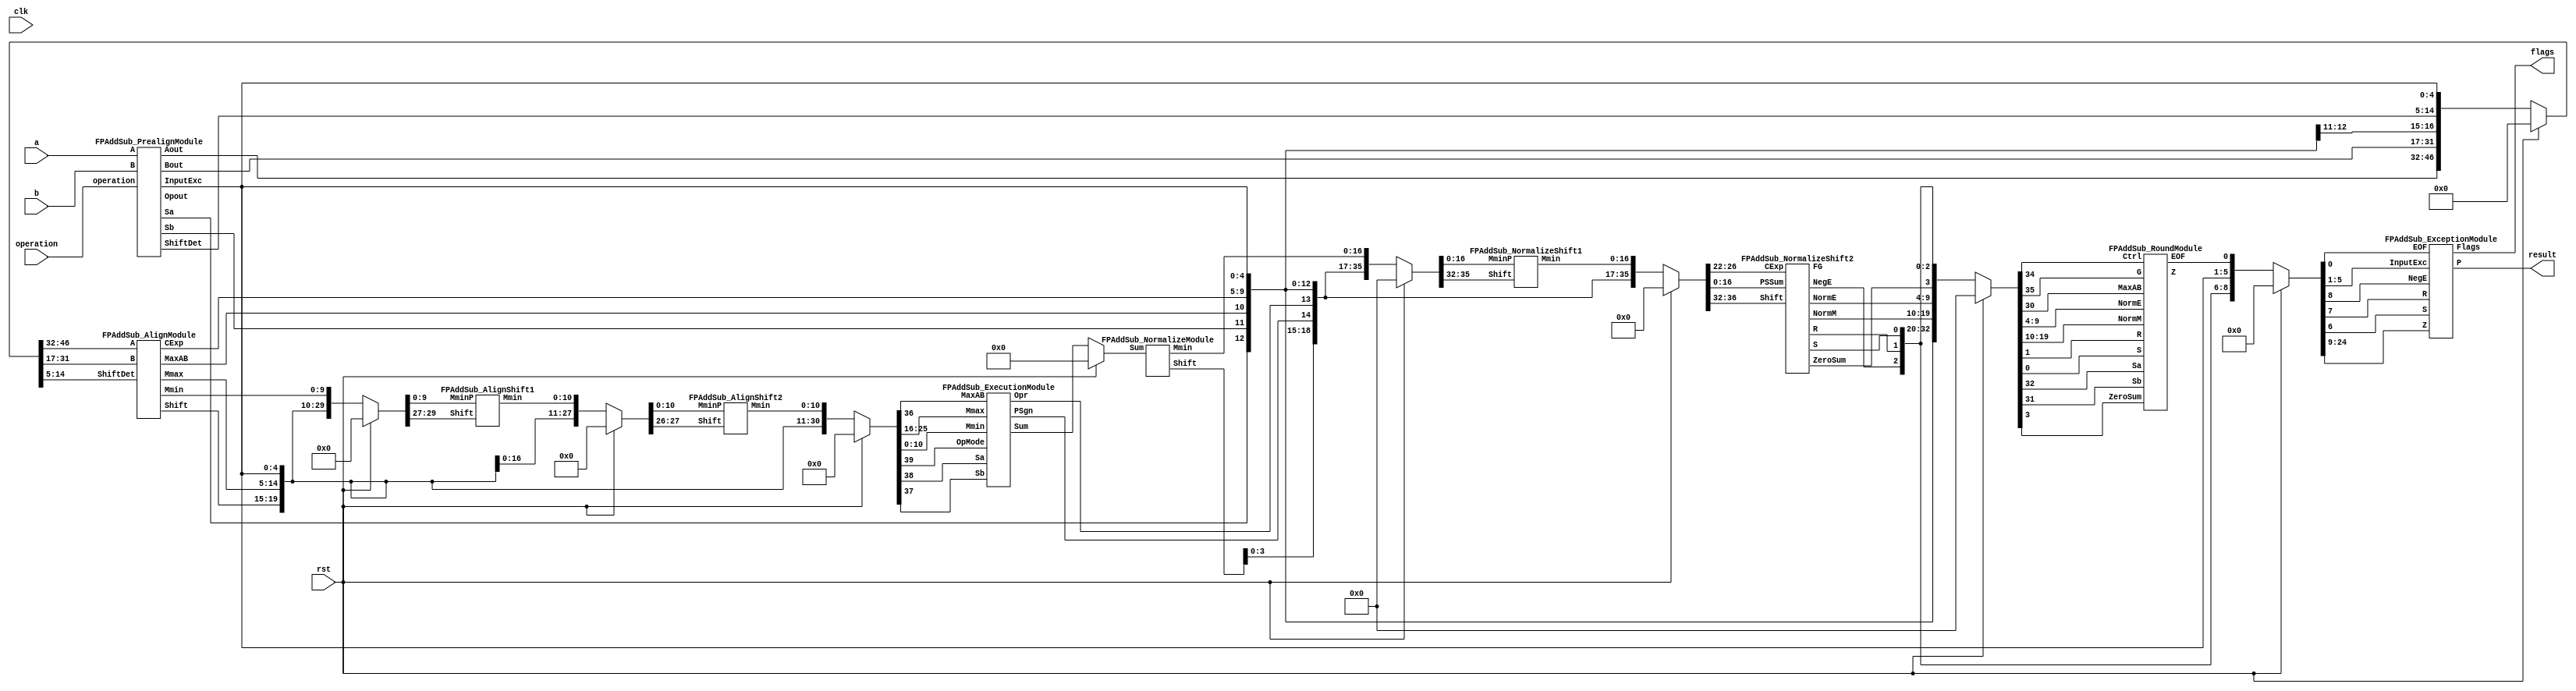
`define EXPONENT 5
`define MANTISSA 10
`define ACTUAL_MANTISSA 11
`define EXPONENT_LSB 10
`define EXPONENT_MSB 14
`define MANTISSA_LSB 0
`define MANTISSA_MSB 9
`define MANTISSA_MUL_SPLIT_LSB 3
`define MANTISSA_MUL_SPLIT_MSB 9
`define SIGN 1
`define SIGN_LOC 15
`define DWIDTH (`SIGN+`EXPONENT+`MANTISSA)
`define IEEE_COMPLIANCE 1

module FPAddSub(
		clk,
		rst,
		a,
		b,
		operation,			// 0 add, 1 sub
		result,
		flags
	);
	
	// Clock and reset
	input clk ;										// Clock signal
	input rst ;										// Reset (active high, resets pipeline registers)
	
	// Input ports
	input [`DWIDTH-1:0] a ;								// Input A, a 32-bit floating point number
	input [`DWIDTH-1:0] b ;								// Input B, a 32-bit floating point number
	input operation ;								// Operation select signal
	
	// Output ports
	output [`DWIDTH-1:0] result ;						// Result of the operation
	output [4:0] flags ;							// Flags indicating exceptions according to IEEE754
	
	// Pipeline Registers
	//reg [79:0] pipe_1;							// Pipeline register PreAlign->Align1
	reg [`DWIDTH*2+15:0] pipe_1;							// Pipeline register PreAlign->Align1

	//reg [67:0] pipe_2;							// Pipeline register Align1->Align3
	reg [`MANTISSA*2+`EXPONENT+13:0] pipe_2;							// Pipeline register Align1->Align3

	//reg [76:0] pipe_3;	68						// Pipeline register Align1->Align3
	reg [`MANTISSA*2+`EXPONENT+14:0] pipe_3;							// Pipeline register Align1->Align3

	//reg [69:0] pipe_4;							// Pipeline register Align3->Execute
	reg [`MANTISSA*2+`EXPONENT+15:0] pipe_4;							// Pipeline register Align3->Execute

	//reg [51:0] pipe_5;							// Pipeline register Execute->Normalize
	reg [`DWIDTH+`EXPONENT+11:0] pipe_5;							// Pipeline register Execute->Normalize

	//reg [56:0] pipe_6;							// Pipeline register Nomalize->NormalizeShift1
	reg [`DWIDTH+`EXPONENT+16:0] pipe_6;							// Pipeline register Nomalize->NormalizeShift1

	//reg [56:0] pipe_7;							// Pipeline register NormalizeShift2->NormalizeShift3
	reg [`DWIDTH+`EXPONENT+16:0] pipe_7;							// Pipeline register NormalizeShift2->NormalizeShift3

	//reg [54:0] pipe_8;							// Pipeline register NormalizeShift3->Round
	reg [`EXPONENT*2+`MANTISSA+15:0] pipe_8;							// Pipeline register NormalizeShift3->Round

	//reg [40:0] pipe_9;							// Pipeline register NormalizeShift3->Round
	reg [`DWIDTH+8:0] pipe_9;							// Pipeline register NormalizeShift3->Round
	
	// Internal wires between modules
	wire [`DWIDTH-2:0] Aout_0 ;							// A - sign
	wire [`DWIDTH-2:0] Bout_0 ;							// B - sign
	wire Opout_0 ;									// A's sign
	wire Sa_0 ;										// A's sign
	wire Sb_0 ;										// B's sign
	wire MaxAB_1 ;									// Indicates the larger of A and B(0/A, 1/B)
	wire [`EXPONENT-1:0] CExp_1 ;							// Common Exponent
	wire [4:0] Shift_1 ;							// Number of steps to smaller mantissa shift right (align)
	wire [`MANTISSA-1:0] Mmax_1 ;							// Larger mantissa
	wire [4:0] InputExc_0 ;						// Input numbers are exceptions
	wire [9:0] ShiftDet_0 ;
	wire [`MANTISSA-1:0] MminS_1 ;						// Smaller mantissa after 0/16 shift
	wire [`MANTISSA:0] MminS_2 ;						// Smaller mantissa after 0/4/8/12 shift
	wire [`MANTISSA:0] Mmin_3 ;							// Smaller mantissa after 0/1/2/3 shift
	wire [`DWIDTH:0] Sum_4 ;
	wire PSgn_4 ;
	wire Opr_4 ;
	wire [4:0] Shift_5 ;							// Number of steps to shift sum left (normalize)
	wire [`DWIDTH:0] SumS_5 ;							// Sum after 0/16 shift
	wire [`DWIDTH:0] SumS_6 ;							// Sum after 0/16 shift
	wire [`DWIDTH:0] SumS_7 ;							// Sum after 0/16 shift
	wire [`MANTISSA-1:0] NormM_8 ;						// Normalized mantissa
	wire [`EXPONENT:0] NormE_8;							// Adjusted exponent
	wire ZeroSum_8 ;								// Zero flag
	wire NegE_8 ;									// Flag indicating negative exponent
	wire R_8 ;										// Round bit
	wire S_8 ;										// Final sticky bit
	wire FG_8 ;										// Final sticky bit
	wire [`DWIDTH-1:0] P_int ;
	wire EOF ;
	
	// Prepare the operands for alignment and check for exceptions
	FPAddSub_PrealignModule PrealignModule
	(	// Inputs
		a, b, operation,
		// Outputs
		Sa_0, Sb_0, ShiftDet_0[9:0], InputExc_0[4:0], Aout_0[`DWIDTH-2:0], Bout_0[`DWIDTH-2:0], Opout_0) ;
		
	// Prepare the operands for alignment and check for exceptions
	FPAddSub_AlignModule AlignModule
	(	// Inputs
		pipe_1[14+2*`DWIDTH:16+`DWIDTH], pipe_1[15+`DWIDTH:17], pipe_1[14:5],
		// Outputs
		CExp_1[`EXPONENT-1:0], MaxAB_1, Shift_1[4:0], MminS_1[`MANTISSA-1:0], Mmax_1[`MANTISSA-1:0]) ;	

	// Alignment Shift Stage 1
	FPAddSub_AlignShift1 AlignShift1
	(  // Inputs
		pipe_2[`MANTISSA-1:0], pipe_2[2*`MANTISSA+9:2*`MANTISSA+7],
		// Outputs
		MminS_2[`MANTISSA:0]) ;

	// Alignment Shift Stage 3 and compution of guard and sticky bits
	FPAddSub_AlignShift2 AlignShift2  
	(  // Inputs
		pipe_3[`MANTISSA:0], pipe_3[2*`MANTISSA+7:2*`MANTISSA+6],
		// Outputs
		Mmin_3[`MANTISSA:0]) ;
						
	// Perform mantissa addition
	FPAddSub_ExecutionModule ExecutionModule
	(  // Inputs
		pipe_4[`MANTISSA*2+5:`MANTISSA+6], pipe_4[`MANTISSA:0], pipe_4[`MANTISSA*2+`EXPONENT+13], pipe_4[`MANTISSA*2+`EXPONENT+12], pipe_4[`MANTISSA*2+`EXPONENT+11], pipe_4[`MANTISSA*2+`EXPONENT+14],
		// Outputs
		Sum_4[`DWIDTH:0], PSgn_4, Opr_4) ;
	
	// Prepare normalization of result
	FPAddSub_NormalizeModule NormalizeModule
	(  // Inputs
		pipe_5[`DWIDTH:0], 
		// Outputs
		SumS_5[`DWIDTH:0], Shift_5[4:0]) ;
					
	// Normalization Shift Stage 1
	FPAddSub_NormalizeShift1 NormalizeShift1
	(  // Inputs
		pipe_6[`DWIDTH:0], pipe_6[`DWIDTH+`EXPONENT+14:`DWIDTH+`EXPONENT+11],
		// Outputs
		SumS_7[`DWIDTH:0]) ;
		
	// Normalization Shift Stage 3 and final guard, sticky and round bits
	FPAddSub_NormalizeShift2 NormalizeShift2
	(  // Inputs
		pipe_7[`DWIDTH:0], pipe_7[`DWIDTH+`EXPONENT+5:`DWIDTH+6], pipe_7[`DWIDTH+`EXPONENT+15:`DWIDTH+`EXPONENT+11],
		// Outputs
		NormM_8[`MANTISSA-1:0], NormE_8[`EXPONENT:0], ZeroSum_8, NegE_8, R_8, S_8, FG_8) ;

	// Round and put result together
	FPAddSub_RoundModule RoundModule
	(  // Inputs
		 pipe_8[3], pipe_8[4+`EXPONENT:4], pipe_8[`EXPONENT+`MANTISSA+4:5+`EXPONENT], pipe_8[1], pipe_8[0], pipe_8[`EXPONENT*2+`MANTISSA+15], pipe_8[`EXPONENT*2+`MANTISSA+12], pipe_8[`EXPONENT*2+`MANTISSA+11], pipe_8[`EXPONENT*2+`MANTISSA+14], pipe_8[`EXPONENT*2+`MANTISSA+10], 
		// Outputs
		P_int[`DWIDTH-1:0], EOF) ;
	
	// Check for exceptions
	FPAddSub_ExceptionModule Exceptionmodule
	(  // Inputs
		pipe_9[8+`DWIDTH:9], pipe_9[8], pipe_9[7], pipe_9[6], pipe_9[5:1], pipe_9[0], 
		// Outputs
		result[`DWIDTH-1:0], flags[4:0]) ;			
	
	always @ (*) begin	
		if(rst) begin
			pipe_1 = 0;
			pipe_2 = 0;
			pipe_3 = 0;
			pipe_4 = 0;
			pipe_5 = 0;
			pipe_6 = 0;
			pipe_7 = 0;
			pipe_8 = 0;
			pipe_9 = 0;
		end 
		else begin
		
			pipe_1 = {Opout_0, Aout_0[`DWIDTH-2:0], Bout_0[`DWIDTH-2:0], Sa_0, Sb_0, ShiftDet_0[9:0], InputExc_0[4:0]} ;	
			// PIPE_2 :
			//[67] operation
			//[66] Sa_0
			//[65] Sb_0
			//[64] MaxAB_0
			//[63:56] CExp_0
			//[55:51] Shift_0
			//[50:28] Mmax_0
			//[27:23] InputExc_0
			//[22:0] MminS_1
			//
			pipe_2 = {pipe_1[`DWIDTH*2+15], pipe_1[16:15], MaxAB_1, CExp_1[`EXPONENT-1:0], Shift_1[4:0], Mmax_1[`MANTISSA-1:0], pipe_1[4:0], MminS_1[`MANTISSA-1:0]} ;	
			// PIPE_3 :
			//[68] operation
			//[67] Sa_0
			//[66] Sb_0
			//[65] MaxAB_0
			//[64:57] CExp_0
			//[56:52] Shift_0
			//[51:29] Mmax_0
			//[28:24] InputExc_0
			//[23:0] MminS_1
			//
			pipe_3 = {pipe_2[`MANTISSA*2+`EXPONENT+13:`MANTISSA], MminS_2[`MANTISSA:0]} ;	
			// PIPE_4 :
			//[68] operation
			//[67] Sa_0
			//[66] Sb_0
			//[65] MaxAB_0
			//[64:57] CExp_0
			//[56:52] Shift_0
			//[51:29] Mmax_0
			//[28:24] InputExc_0
			//[23:0] Mmin_3
			//					
			pipe_4 = {pipe_3[`MANTISSA*2+`EXPONENT+14:`MANTISSA+1], Mmin_3[`MANTISSA:0]} ;	
			// PIPE_5 :
			//[51] operation
			//[50] PSgn_4
			//[49] Opr_4
			//[48] Sa_0
			//[47] Sb_0
			//[46] MaxAB_0
			//[45:38] CExp_0
			//[37:33] InputExc_0
			//[32:0] Sum_4
			//					
			pipe_5 = {pipe_4[2*`MANTISSA+`EXPONENT+14], PSgn_4, Opr_4, pipe_4[2*`MANTISSA+`EXPONENT+13:2*`MANTISSA+11], pipe_4[`MANTISSA+5:`MANTISSA+1], Sum_4[`DWIDTH:0]} ;
			// PIPE_6 :
			//[56] operation
			//[55:51] Shift_5
			//[50] PSgn_4
			//[49] Opr_4
			//[48] Sa_0
			//[47] Sb_0
			//[46] MaxAB_0
			//[45:38] CExp_0
			//[37:33] InputExc_0
			//[32:0] Sum_4
			//					
			pipe_6 = {pipe_5[`EXPONENT+`EXPONENT+11], Shift_5[4:0], pipe_5[`DWIDTH+`EXPONENT+10:`DWIDTH+1], SumS_5[`DWIDTH:0]} ;	
			// pipe_7 :
			//[56] operation
			//[55:51] Shift_5
			//[50] PSgn_4
			//[49] Opr_4
			//[48] Sa_0
			//[47] Sb_0
			//[46] MaxAB_0
			//[45:38] CExp_0
			//[37:33] InputExc_0
			//[32:0] Sum_4
			//						
			pipe_7 = {pipe_6[`DWIDTH+`EXPONENT+16:`DWIDTH+1], SumS_7[`DWIDTH:0]} ;	
			// pipe_8:
			//[54] FG_8 
			//[53] operation
			//[52] PSgn_4
			//[51] Sa_0
			//[50] Sb_0
			//[49] MaxAB_0
			//[48:41] CExp_0
			//[40:36] InputExc_8
			//[35:13] NormM_8 
			//[12:4] NormE_8
			//[3] ZeroSum_8
			//[2] NegE_8
			//[1] R_8
			//[0] S_8
			//				
			pipe_8 = {FG_8, pipe_7[`DWIDTH+`EXPONENT+16], pipe_7[`DWIDTH+`EXPONENT+10], pipe_7[`DWIDTH+`EXPONENT+8:`DWIDTH+1], NormM_8[`MANTISSA-1:0], NormE_8[`EXPONENT:0], ZeroSum_8, NegE_8, R_8, S_8} ;	
			// pipe_9:
			//[40:9] P_int
			//[8] NegE_8
			//[7] R_8
			//[6] S_8
			//[5:1] InputExc_8
			//[0] EOF
			//				
			pipe_9 = {P_int[`DWIDTH-1:0], pipe_8[2], pipe_8[1], pipe_8[0], pipe_8[`EXPONENT+`MANTISSA+9:`EXPONENT+`MANTISSA+5], EOF} ;	
		end
	end		
	
endmodule
module FPAddSub_ExceptionModule(
		Z,
		NegE,
		R,
		S,
		InputExc,
		EOF,
		P,
		Flags
    );
	 
	// Input ports
	input [`DWIDTH-1:0] Z	;					// Final product
	input NegE ;						// Negative exponent?
	input R ;							// Round bit
	input S ;							// Sticky bit
	input [4:0] InputExc ;			// Exceptions in inputs A and B
	input EOF ;
	
	// Output ports
	output [`DWIDTH-1:0] P ;					// Final result
	output [4:0] Flags ;				// Exception flags
	
	// Internal signals
	wire Overflow ;					// Overflow flag
	wire Underflow ;					// Underflow flag
	wire DivideByZero ;				// Divide-by-Zero flag (always 0 in Add/Sub)
	wire Invalid ;						// Invalid inputs or result
	wire Inexact ;						// Result is inexact because of rounding
	
	// Exception flags
	
	// Result is too big to be represented
	assign Overflow = EOF | InputExc[1] | InputExc[0] ;
	
	// Result is too small to be represented
	assign Underflow = NegE & (R | S);
	
	// Infinite result computed exactly from finite operands
	assign DivideByZero = &(Z[`MANTISSA+`EXPONENT-1:`MANTISSA]) & ~|(Z[`MANTISSA+`EXPONENT-1:`MANTISSA]) & ~InputExc[1] & ~InputExc[0];
	
	// Invalid inputs or operation
	assign Invalid = |(InputExc[4:2]) ;
	
	// Inexact answer due to rounding, overflow or underflow
	assign Inexact = (R | S) | Overflow | Underflow;
	
	// Put pieces together to form final result
	assign P = Z ;
	
	// Collect exception flags	
	assign Flags = {Overflow, Underflow, DivideByZero, Invalid, Inexact} ; 	
	
endmodule
module FPAddSub_RoundModule(
		ZeroSum,
		NormE,
		NormM,
		R,
		S,
		G,
		Sa,
		Sb,
		Ctrl,
		MaxAB,
		Z,
		EOF
    );

	// Input ports
	input ZeroSum ;					// Sum is zero
	input [`EXPONENT:0] NormE ;				// Normalized exponent
	input [`MANTISSA-1:0] NormM ;				// Normalized mantissa
	input R ;							// Round bit
	input S ;							// Sticky bit
	input G ;
	input Sa ;							// A's sign bit
	input Sb ;							// B's sign bit
	input Ctrl ;						// Control bit (operation)
	input MaxAB ;
	
	// Output ports
	output [`DWIDTH-1:0] Z ;					// Final result
	output EOF ;
	
	// Internal signals
	wire [`MANTISSA:0] RoundUpM ;			// Rounded up sum with room for overflow
	wire [`MANTISSA-1:0] RoundM ;				// The final rounded sum
	wire [`EXPONENT:0] RoundE ;				// Rounded exponent (note extra bit due to poential overflow	)
	wire RoundUp ;						// Flag indicating that the sum should be rounded up
        wire FSgn;
	wire ExpAdd ;						// May have to add 1 to compensate for overflow 
	wire RoundOF ;						// Rounding overflow
	
	// The cases where we need to round upwards (= adding one) in Round to nearest, tie to even
	assign RoundUp = (G & ((R | S) | NormM[0])) ;
	
	// Note that in the other cases (rounding down), the sum is already 'rounded'
	assign RoundUpM = (NormM + 1) ;								// The sum, rounded up by 1
	assign RoundM = (RoundUp ? RoundUpM[`MANTISSA-1:0] : NormM) ; 	// Compute final mantissa	
	assign RoundOF = RoundUp & RoundUpM[`MANTISSA] ; 				// Check for overflow when rounding up

	// Calculate post-rounding exponent
	assign ExpAdd = (RoundOF ? 1'b1 : 1'b0) ; 				// Add 1 to exponent to compensate for overflow
	assign RoundE = ZeroSum ? 5'b00000 : (NormE + ExpAdd) ; 							// Final exponent

	// If zero, need to determine sign according to rounding
	assign FSgn = (ZeroSum & (Sa ^ Sb)) | (ZeroSum ? (Sa & Sb & ~Ctrl) : ((~MaxAB & Sa) | ((Ctrl ^ Sb) & (MaxAB | Sa)))) ;

	// Assign final result
	assign Z = {FSgn, RoundE[`EXPONENT-1:0], RoundM[`MANTISSA-1:0]} ;
	
	// Indicate exponent overflow
	assign EOF = RoundE[`EXPONENT];
	
endmodule
module FPAddSub_NormalizeShift2(
		PSSum,
		CExp,
		Shift,
		NormM,
		NormE,
		ZeroSum,
		NegE,
		R,
		S,
		FG
	);
	
	// Input ports
	input [`DWIDTH:0] PSSum ;					// The Pre-Shift-Sum
	input [`EXPONENT-1:0] CExp ;
	input [4:0] Shift ;					// Amount to be shifted

	// Output ports
	output [`MANTISSA-1:0] NormM ;				// Normalized mantissa
	output [`EXPONENT:0] NormE ;					// Adjusted exponent
	output ZeroSum ;						// Zero flag
	output NegE ;							// Flag indicating negative exponent
	output R ;								// Round bit
	output S ;								// Final sticky bit
	output FG ;

	// Internal signals
	wire MSBShift ;						// Flag indicating that a second shift is needed
	wire [`EXPONENT:0] ExpOF ;					// MSB set in sum indicates overflow
	wire [`EXPONENT:0] ExpOK ;					// MSB not set, no adjustment
	
	// Calculate normalized exponent and mantissa, check for all-zero sum
	assign MSBShift = PSSum[`DWIDTH] ;		// Check MSB in unnormalized sum
	assign ZeroSum = ~|PSSum ;			// Check for all zero sum
	assign ExpOK = CExp - Shift ;		// Adjust exponent for new normalized mantissa
	assign NegE = ExpOK[`EXPONENT] ;			// Check for exponent overflow
	assign ExpOF = CExp - Shift + 1'b1 ;		// If MSB set, add one to exponent(x2)
	assign NormE = MSBShift ? ExpOF : ExpOK ;			// Check for exponent overflow
	assign NormM = PSSum[`DWIDTH-1:`EXPONENT+1] ;		// The new, normalized mantissa
	
	// Also need to compute sticky and round bits for the rounding stage
	assign FG = PSSum[`EXPONENT] ; 
	assign R = PSSum[`EXPONENT-1] ;
	assign S = |PSSum[`EXPONENT-2:0] ;
	
endmodule
module FPAddSub_NormalizeShift1(
		MminP,
		Shift,
		Mmin
	);
	
	// Input ports
	input [`DWIDTH:0] MminP ;						// Smaller mantissa after 16|12|8|4 shift
	input [3:0] Shift ;						// Shift amount
	
	// Output ports
	output [`DWIDTH:0] Mmin ;						// The smaller mantissa
	
	reg	  [`DWIDTH:0]		Lvl2;
	wire    [2*`DWIDTH+1:0]    Stage1;	
	reg	  [`DWIDTH:0]		Lvl3;
	wire    [2*`DWIDTH+1:0]    Stage2;	
	integer           i;               	// Loop variable
	
	assign Stage1 = {MminP, MminP};

	always @(*) begin    					// Rotate {0 | 4 | 8 | 12} bits
	  case (Shift[3:2])
			// Rotate by 0
			2'b00: //Lvl2 <= Stage1[`DWIDTH:0];       		
      begin Lvl2 = Stage1[`DWIDTH:0];  end
			// Rotate by 4
			2'b01: //begin for (i=2*`DWIDTH+1; i>=`DWIDTH+1; i=i-1) begin Lvl2[i-33] <= Stage1[i-4]; end Lvl2[3:0] <= 0; end
      begin Lvl2[`DWIDTH: (`DWIDTH-4)] = Stage1[3:0]; Lvl2[`DWIDTH-4-1:0] = Stage1[`DWIDTH-4]; end
			// Rotate by 8
			2'b10: //begin for (i=2*`DWIDTH+1; i>=`DWIDTH+1; i=i-1) begin Lvl2[i-33] <= Stage1[i-8]; end Lvl2[7:0] <= 0; end
      begin Lvl2[`DWIDTH: (`DWIDTH-8)] = Stage1[3:0]; Lvl2[`DWIDTH-8-1:0] = Stage1[`DWIDTH-8]; end
			// Rotate by 12
			2'b11: //begin for (i=2*`DWIDTH+1; i>=`DWIDTH+1; i=i-1) begin Lvl2[i-33] <= Stage1[i-12]; end Lvl2[11:0] <= 0; end
      begin Lvl2[`DWIDTH: (`DWIDTH-12)] = Stage1[3:0]; Lvl2[`DWIDTH-12-1:0] = Stage1[`DWIDTH-12]; end
	  endcase
	end
	
	assign Stage2 = {Lvl2, Lvl2};

	always @(*) begin   				 		// Rotate {0 | 1 | 2 | 3} bits
	  case (Shift[1:0])
			// Rotate by 0
			2'b00:  //Lvl3 <= Stage2[`DWIDTH:0];
      begin Lvl3 = Stage2[`DWIDTH:0]; end
			// Rotate by 1
			2'b01: //begin for (i=2*`DWIDTH+1; i>=`DWIDTH+1; i=i-1) begin Lvl3[i-`DWIDTH-1] <= Stage2[i-1]; end Lvl3[0] <= 0; end 
      begin Lvl3[`DWIDTH: (`DWIDTH-1)] = Stage2[3:0]; Lvl3[`DWIDTH-1-1:0] = Stage2[`DWIDTH-1]; end
			// Rotate by 2
			2'b10: //begin for (i=2*`DWIDTH+1; i>=`DWIDTH+1; i=i-1) begin Lvl3[i-`DWIDTH-1] <= Stage2[i-2]; end Lvl3[1:0] <= 0; end
      begin Lvl3[`DWIDTH: (`DWIDTH-2)] = Stage2[3:0]; Lvl3[`DWIDTH-2-1:0] = Stage2[`DWIDTH-2]; end
			// Rotate by 3
			2'b11: //begin for (i=2*`DWIDTH+1; i>=`DWIDTH+1; i=i-1) begin Lvl3[i-`DWIDTH-1] <= Stage2[i-3]; end Lvl3[2:0] <= 0; end
      begin Lvl3[`DWIDTH: (`DWIDTH-3)] = Stage2[3:0]; Lvl3[`DWIDTH-3-1:0] = Stage2[`DWIDTH-3]; end
	  endcase
	end
	
	// Assign outputs
	assign Mmin = Lvl3;						// Take out smaller mantissa			
	
endmodule
module FPAddSub_NormalizeModule(
		Sum,
		Mmin,
		Shift
    );

	// Input ports
	input [`DWIDTH:0] Sum ;					// Mantissa sum including hidden 1 and GRS
	
	// Output ports
	output [`DWIDTH:0] Mmin ;					// Mantissa after 16|0 shift
	output [4:0] Shift ;					// Shift amount
	
	// Determine normalization shift amount by finding leading nought
	assign Shift =  ( 
		Sum[16] ? 5'b00000 :	 
		Sum[15] ? 5'b00001 : 
		Sum[14] ? 5'b00010 : 
		Sum[13] ? 5'b00011 : 
		Sum[12] ? 5'b00100 : 
		Sum[11] ? 5'b00101 : 
		Sum[10] ? 5'b00110 : 
		Sum[9] ? 5'b00111 :
		Sum[8] ? 5'b01000 :
		Sum[7] ? 5'b01001 :
		Sum[6] ? 5'b01010 :
		Sum[5] ? 5'b01011 :
		Sum[4] ? 5'b01100 : 5'b01101
	//	Sum[19] ? 5'b01101 :
	//	Sum[18] ? 5'b01110 :
	//	Sum[17] ? 5'b01111 :
	//	Sum[16] ? 5'b10000 :
	//	Sum[15] ? 5'b10001 :
	//	Sum[14] ? 5'b10010 :
	//	Sum[13] ? 5'b10011 :
	//	Sum[12] ? 5'b10100 :
	//	Sum[11] ? 5'b10101 :
	//	Sum[10] ? 5'b10110 :
	//	Sum[9] ? 5'b10111 :
	//	Sum[8] ? 5'b11000 :
	//	Sum[7] ? 5'b11001 : 5'b11010
	);
	
	reg	  [`DWIDTH:0]		Lvl1;
	
	always @(*) begin
		// Rotate by 16?
		Lvl1 <= Shift[4] ? {Sum[8:0], 8'b00000000} : Sum; 
	end
	
	// Assign outputs
	assign Mmin = Lvl1;						// Take out smaller mantissa

endmodule
module FPAddSub_ExecutionModule(
		Mmax,
		Mmin,
		Sa,
		Sb,
		MaxAB,
		OpMode,
		Sum,
		PSgn,
		Opr
    );

	// Input ports
	input [`MANTISSA-1:0] Mmax ;					// The larger mantissa
	input [`MANTISSA:0] Mmin ;					// The smaller mantissa
	input Sa ;								// Sign bit of larger number
	input Sb ;								// Sign bit of smaller number
	input MaxAB ;							// Indicates the larger number (0/A, 1/B)
	input OpMode ;							// Operation to be performed (0/Add, 1/Sub)
	
	// Output ports
	output [`DWIDTH:0] Sum ;					// The result of the operation
	output PSgn ;							// The sign for the result
	output Opr ;							// The effective (performed) operation

	assign Opr = (OpMode^Sa^Sb); 		// Resolve sign to determine operation

	// Perform effective operation
	assign Sum = (OpMode^Sa^Sb) ? ({1'b1, Mmax, 5'b00000} - {Mmin, 5'b00000}) : ({1'b1, Mmax, 5'b00000} + {Mmin, 5'b00000}) ;
	
	// Assign result sign
	assign PSgn = (MaxAB ? Sb : Sa) ;

endmodule
module FPAddSub_AlignShift2(
		MminP,
		Shift,
		Mmin
	);
	
	// Input ports
	input [`MANTISSA:0] MminP ;						// Smaller mantissa after 16|12|8|4 shift
	input [1:0] Shift ;						// Shift amount
	
	// Output ports
	output [`MANTISSA:0] Mmin ;						// The smaller mantissa
	
	// Internal Signal
	reg	  [`MANTISSA:0]		Lvl3;
	wire    [2*`MANTISSA+1:0]    Stage2;	
	integer           j;               // Loop variable
	
	assign Stage2 = {11'b0, MminP};

	always @(*) begin    // Rotate {0 | 1 | 2 | 3} bits
	  case (Shift[1:0])
			// Rotate by 0
			2'b00:  Lvl3 <= Stage2[`MANTISSA:0];   
			// Rotate by 1
			2'b01:  begin for (j=0; j<=`MANTISSA; j=j+1)  begin Lvl3[j] <= Stage2[j+1]; end /*Lvl3[`MANTISSA] <= 0; */end 
			// Rotate by 2
			2'b10:  begin for (j=0; j<=`MANTISSA; j=j+1)  begin Lvl3[j] <= Stage2[j+2]; end /*Lvl3[`MANTISSA:`MANTISSA-1] <= 0;*/ end 
			// Rotate by 3
			2'b11:  begin for (j=0; j<=`MANTISSA; j=j+1)  begin Lvl3[j] <= Stage2[j+3]; end /*Lvl3[`MANTISSA:`MANTISSA-2] <= 0;*/ end 	  
	  endcase
	end
	
	// Assign output
	assign Mmin = Lvl3;						// Take out smaller mantissa				

endmodule
module FPAddSub_AlignShift1(
		MminP,
		Shift,
		Mmin
	);
	
	// Input ports
	input [`MANTISSA-1:0] MminP ;						// Smaller mantissa after 16|12|8|4 shift
	input [2:0] Shift ;						// Shift amount
	
	// Output ports
	output [`MANTISSA:0] Mmin ;						// The smaller mantissa
	
	// Internal signals
	reg	  [`MANTISSA:0]		Lvl1;
	reg	  [`MANTISSA:0]		Lvl2;
	wire    [2*`MANTISSA+1:0]    Stage1;	
	integer           i;                // Loop variable
	
	always @(*) begin						
		// Rotate by 16?
		//Lvl1 <= Shift[2] ? {17'b00000000000000001, MminP[22:16]} : {1'b1, MminP}; 
		Lvl1 <= Shift[2] ? {11'b0000000000} : {1'b1, MminP}; 
		
	end
	
	assign Stage1 = { 11'b0, Lvl1};
	
	always @(*) begin    					// Rotate {0 | 4 | 8 | 12} bits
	  case (Shift[1:0])
			// Rotate by 0	
			2'b00:  Lvl2 <= Stage1[`MANTISSA:0];       			
			// Rotate by 4	
			2'b01:  begin for (i=0; i<=`MANTISSA; i=i+1) begin Lvl2[i] <= Stage1[i+4]; end /*Lvl2[`MANTISSA:`MANTISSA-3] <= 0;*/ end
			// Rotate by 8
			2'b10:  begin for (i=0; i<=`MANTISSA; i=i+1) begin Lvl2[i] <= Stage1[i+8]; end /*Lvl2[`MANTISSA:`MANTISSA-7] <= 0;*/ end
			// Rotate by 12	
			2'b11: Lvl2[`MANTISSA: 0] <= 0; 
			//2'b11:  begin for (i=0; i<=`MANTISSA; i=i+1) begin Lvl2[i] <= Stage1[i+12]; end Lvl2[`MANTISSA:`MANTISSA-12] <= 0; end
	  endcase
	end
	
	// Assign output to next shift stage
	assign Mmin = Lvl2;
	
endmodule
module FPAddSub_AlignModule (
		A,
		B,
		ShiftDet,
		CExp,
		MaxAB,
		Shift,
		Mmin,
		Mmax
	);
	
	// Input ports
	input [`DWIDTH-2:0] A ;								// Input A, a 32-bit floating point number
	input [`DWIDTH-2:0] B ;								// Input B, a 32-bit floating point number
	input [9:0] ShiftDet ;
	
	// Output ports
	output [`EXPONENT-1:0] CExp ;							// Common Exponent
	output MaxAB ;									// Incidates larger of A and B (0/A, 1/B)
	output [4:0] Shift ;							// Number of steps to smaller mantissa shift right
	output [`MANTISSA-1:0] Mmin ;							// Smaller mantissa 
	output [`MANTISSA-1:0] Mmax ;							// Larger mantissa
	
	// Internal signals
	//wire BOF ;										// Check for shifting overflow if B is larger
	//wire AOF ;										// Check for shifting overflow if A is larger
	
	assign MaxAB = (A[`DWIDTH-2:0] < B[`DWIDTH-2:0]) ;	
	//assign BOF = ShiftDet[9:5] < 25 ;		// Cannot shift more than 25 bits
	//assign AOF = ShiftDet[4:0] < 25 ;		// Cannot shift more than 25 bits
	
	// Determine final shift value
	//assign Shift = MaxAB ? (BOF ? ShiftDet[9:5] : 5'b11001) : (AOF ? ShiftDet[4:0] : 5'b11001) ;
	
	assign Shift = MaxAB ? ShiftDet[9:5] : ShiftDet[4:0] ;
	
	// Take out smaller mantissa and append shift space
	assign Mmin = MaxAB ? A[`MANTISSA-1:0] : B[`MANTISSA-1:0] ; 
	
	// Take out larger mantissa	
	assign Mmax = MaxAB ? B[`MANTISSA-1:0]: A[`MANTISSA-1:0] ;	
	
	// Common exponent
	assign CExp = (MaxAB ? B[`MANTISSA+`EXPONENT-1:`MANTISSA] : A[`MANTISSA+`EXPONENT-1:`MANTISSA]) ;		
	
endmodule
module FPAddSub_PrealignModule(
		A,
		B,
		operation,
		Sa,
		Sb,
		ShiftDet,
		InputExc,
		Aout,
		Bout,
		Opout
	);
	
	// Input ports
	input [`DWIDTH-1:0] A ;										// Input A, a 32-bit floating point number
	input [`DWIDTH-1:0] B ;										// Input B, a 32-bit floating point number
	input operation ;
	
	// Output ports
	output Sa ;												// A's sign
	output Sb ;												// B's sign
	output [9:0] ShiftDet ;
	output [4:0] InputExc ;								// Input numbers are exceptions
	output [`DWIDTH-2:0] Aout ;
	output [`DWIDTH-2:0] Bout ;
	output Opout ;
	
	// Internal signals									// If signal is high...
	wire ANaN ;												// A is a NaN (Not-a-Number)
	wire BNaN ;												// B is a NaN
	wire AInf ;												// A is infinity
	wire BInf ;												// B is infinity
	wire [`EXPONENT-1:0] DAB ;										// ExpA - ExpB					
	wire [`EXPONENT-1:0] DBA ;										// ExpB - ExpA	
	
	assign ANaN = &(A[`DWIDTH-2:`DWIDTH-1-`EXPONENT]) & |(A[`MANTISSA-1:0]) ;		// All one exponent and not all zero mantissa - NaN
	assign BNaN = &(B[`DWIDTH-2:`DWIDTH-1-`EXPONENT]) & |(B[`MANTISSA-1:0]);		// All one exponent and not all zero mantissa - NaN
	assign AInf = &(A[`DWIDTH-2:`DWIDTH-1-`EXPONENT]) & ~|(A[`MANTISSA-1:0]) ;	// All one exponent and all zero mantissa - Infinity
	assign BInf = &(B[`DWIDTH-2:`DWIDTH-1-`EXPONENT]) & ~|(B[`MANTISSA-1:0]) ;	// All one exponent and all zero mantissa - Infinity
	
	// Put all flags into exception vector
	assign InputExc = {(ANaN | BNaN | AInf | BInf), ANaN, BNaN, AInf, BInf} ;
	
	//assign DAB = (A[30:23] - B[30:23]) ;
	//assign DBA = (B[30:23] - A[30:23]) ;
	assign DAB = (A[`DWIDTH-2:`MANTISSA] + ~(B[`DWIDTH-2:`MANTISSA]) + 1) ;
	assign DBA = (B[`DWIDTH-2:`MANTISSA] + ~(A[`DWIDTH-2:`MANTISSA]) + 1) ;
	
	assign Sa = A[`DWIDTH-1] ;									// A's sign bit
	assign Sb = B[`DWIDTH-1] ;									// B's sign	bit
	assign ShiftDet = {DBA[4:0], DAB[4:0]} ;		// Shift data
	assign Opout = operation ;
	assign Aout = A[`DWIDTH-2:0] ;
	assign Bout = B[`DWIDTH-2:0] ;
	
endmodule